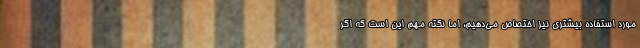
مورد استفاده بیشتری نیز اختصاص می‌دهیم، اما نکته مهم این است که اگر